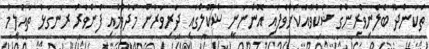
ތަކަންދޫ ބެލެނިވެރިންގެ ޝަކުވާއަކަށްވެފައި އޮންނަނީ ސްކޫލްގައި ދަރިވަރުން މަދުވުމާއި ފެންވަރު ރަނގަޅު ތައުލީމު